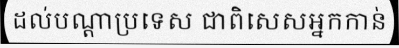
ដល់បណ្តាប្រទេស ជាពិសេសអ្នកកាន់